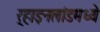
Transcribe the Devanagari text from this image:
र्‍हाइनलांडमध्ये